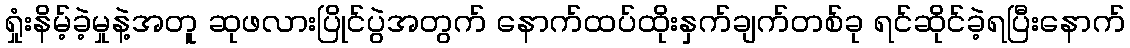
ရှုံးနိမ့်ခဲ့မှုနဲ့အတူ ဆုဖလားပြိုင်ပွဲအတွက် နောက်ထပ်ထိုးနှက်ချက်တစ်ခု ရင်ဆိုင်ခဲ့ရပြီးနောက်